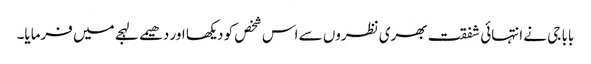
بابا جی نے انتہائی شفقت بھری نظروں سے اس شخص کو دیکھا اور دھیمے لہجے میں فرمایا۔